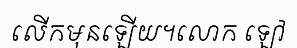
លើកមុនឡើយ។លោក ឡៅ